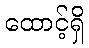
ထောင့်ရှိ